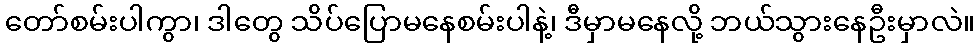
တော်စမ်းပါကွာ၊ ဒါတွေ သိပ်ပြောမနေစမ်းပါနဲ့၊ ဒီမှာမနေလို့ ဘယ်သွားနေဦးမှာလဲ။